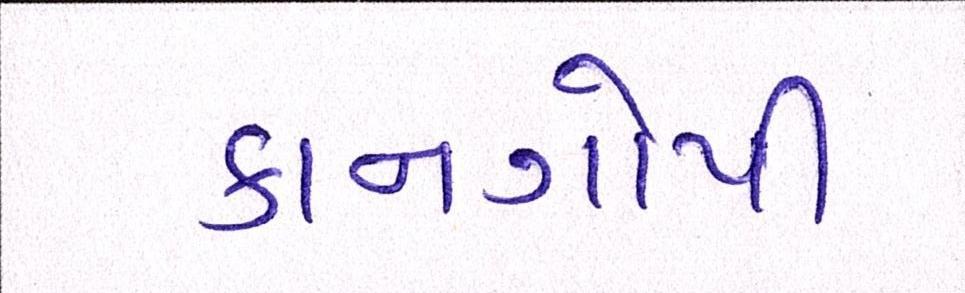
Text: કાનગોપી